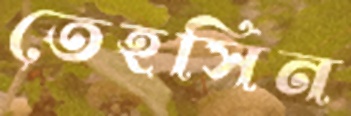
তেহসিন